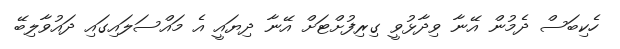
ހެކިބަސް ދެމުން އޭނާ ވިދާޅުވީ ގިރިފުށްޓަށް އޭނާ ދިޔައީ އެ މައްސަލައިގައި ދައުވާލިބޭ